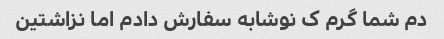
دم شما گرم ک نوشابه سفارش دادم اما نزاشتین